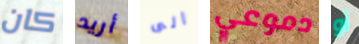
كان أريد الى دموعي أو